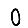
Digit: 0